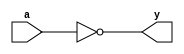
    module aoi12(a, y);
      input a;
      output y;
      assign y = ~a;
    endmodule

    module noTop(a, y);
      input a;
      output [31:0] y;
      assign y = a;
    endmodule